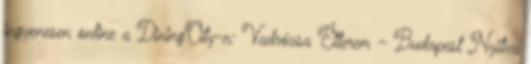
ingyenesen online a DiningCity-n: Vadrózsa Étterem – Budapest Nyitva